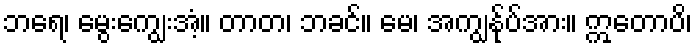
ဘရေ၊ မွေးကျွေးအံ့။ တာတ၊ ဘခင်။ မေ၊ အကျွန်ုပ်အား။ ဣတောပိ၊